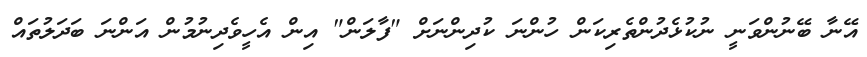
އޭނާ ބޭނުންވަނީ ނުކުޅެދުންތެރިކަން ހުންނަ ކުދިންނަށް "ފާލަން" އިން އެހީވެދިނުމުން އަންނަ ބަދަލުތައް